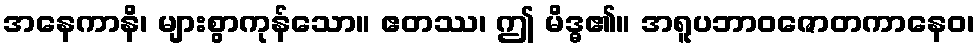
အနေကာနိ၊ များစွာကုန်သော။ ဧတဿ၊ ဤ မိဒ္ဓ၏။ အရူပဘာဝဇောတကာနေဝ၊